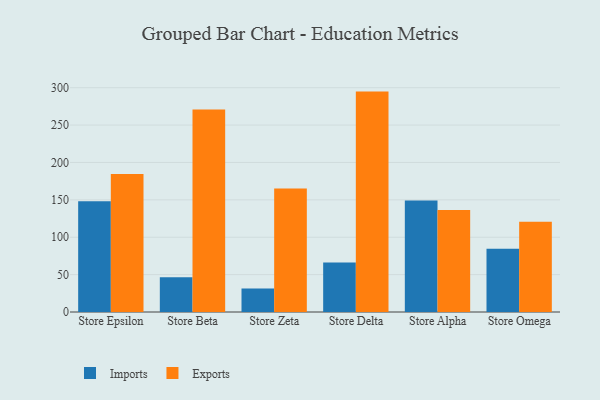
{"axis": {"x": "Store", "y": "Waste Production (Tons)"}, "legend": ["Exports", "Imports"], "data": [{"x": "Store Epsilon", "y": 148.3, "type": "Imports"}, {"x": "Store Epsilon", "y": 184.6, "type": "Exports"}, {"x": "Store Beta", "y": 46.6, "type": "Imports"}, {"x": "Store Beta", "y": 270.7, "type": "Exports"}, {"x": "Store Zeta", "y": 31.4, "type": "Imports"}, {"x": "Store Zeta", "y": 165.1, "type": "Exports"}, {"x": "Store Delta", "y": 66.3, "type": "Imports"}, {"x": "Store Delta", "y": 294.8, "type": "Exports"}, {"x": "Store Alpha", "y": 149.1, "type": "Imports"}, {"x": "Store Alpha", "y": 136.4, "type": "Exports"}, {"x": "Store Omega", "y": 84.7, "type": "Imports"}, {"x": "Store Omega", "y": 120.6, "type": "Exports"}]}